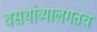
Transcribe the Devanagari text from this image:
बसथांब्यालगतच